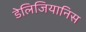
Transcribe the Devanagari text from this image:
डेलिजियानिस